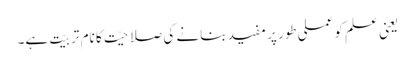
یعنی علم کو عملی طور پر مفید بنانے کی صلاحیّت کا نام تربیّت ہے۔